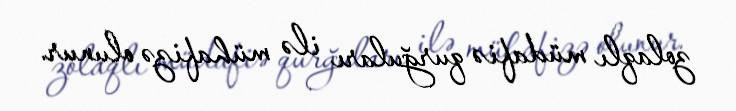
zolaqlı müdafiə qurğuları ilə mühafizə olunur.